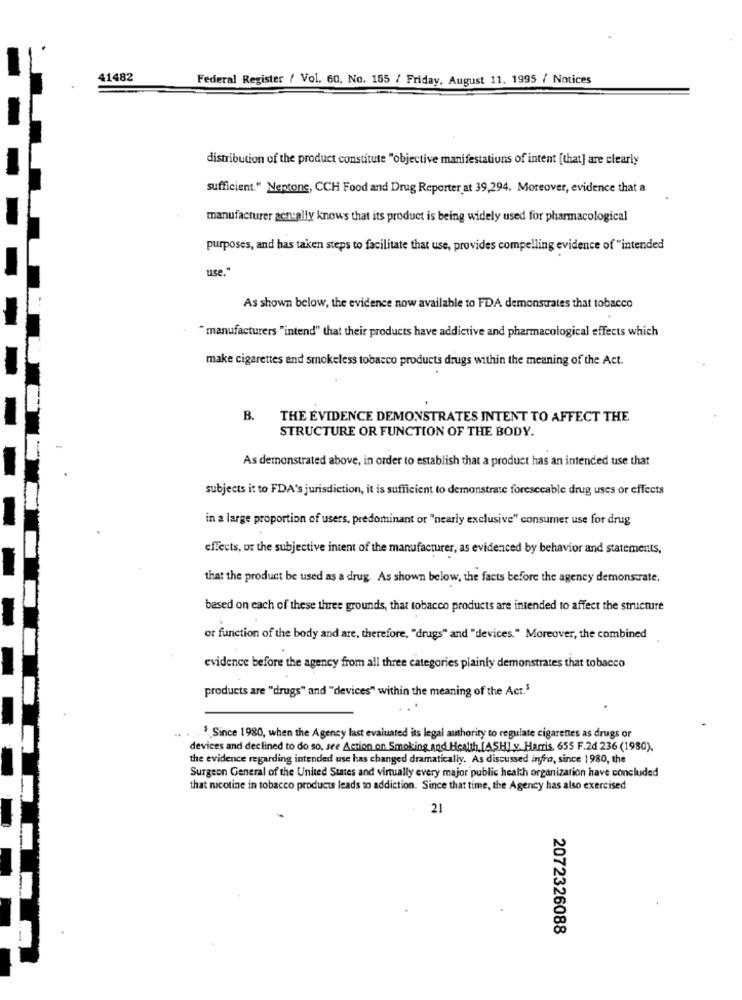
41482
Federal Register / Vol. 60. No. 155 / Friday, August 11. 1995 / Notices
distribution of the product constitute "objective manifestations of intent [that] are clearly
sufficient." Neptone, CCH Food and Drug Reporter at 39,294. Moreover, evidence that a
manufacturer actually knows that its product is being widely used for pharmacological
purposes, and has taken steps to facilitate that use, provides compelling evidence of "intended
use."
As shown below, the evidence now available to FDDA demonstrates that tobacco
" manufacturers "intend" that their products have addictive and pharmacological effects which
make cigarettes and smokeless tobacco products drugs within the meaning of the Act.
B. THE EVIDENCE DEMONSTRATES INTENT TO AFFECT THE
STRUCTURE OR FUNCTION OF THE BODY.
As demonstrated above, in order to establish that a product has an intended use that
subjects it to FDA's jurisdiction, it is sufficient to demonstrate foreseeable drug uses or effects
in a large proportion of users, predominant or "nearly exclusive" consumer use for drug
effects, or the subjective intent of the manufacturer, as evidenced by behavior and statements,
that the product be used as a drug. As shown below, the facts before the agency demonstrate,
based on each of these three grounds, that tobacco products are intended to affect the structure
or function of the body and are, therefore, "drugs" and "devices." Moreover, the combined
evidence before the agency from all three categories plainly demonstrates that tobacco
products are "drugs" and "devices" within the meaning of the Act.5
. .
.3. Since 1980, when the Agency last evaluated its legal authority to regulate cigarettes as drugs or
devices and declined to do so, see Action on Smoking, and Health [ASH] y. Harris, 655 F.2d 236 (1980).
the evidence regarding intended use has changed dramatically. As discussed infra, since 1980, the
Surgeon General of the United States and virtually every major public health organization have concluded
that nicotine in tobacco products leads to addiction. Since that time, the Agency has also exercised
21
2072326088